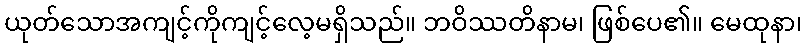
ယုတ်သောအကျင့်ကိုကျင့်လေ့မရှိသည်။ ဘဝိဿတိနာမ၊ ဖြစ်ပေ၏။ မေထုနာ၊